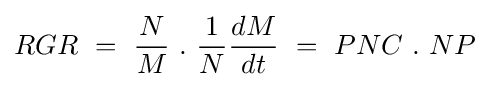
RGR\ =\ {\frac {N}{M}}\ .\ {\frac {1}{N}}{\frac {dM}{dt}}\ =\ PNC\ .\ NP